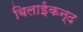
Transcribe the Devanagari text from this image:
बिलाईकन्द